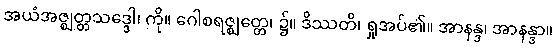
အယံအဇ္ဈတ္တသဒ္ဒေါ၊ ကို။ ဂေါစရဇ္ဈတ္တေ၊ ၌။ ဒိဿတိ၊ ရှုအပ်၏။ အာနန္ဒ၊ အာနန္ဒာ။